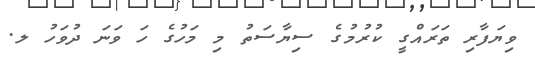
ވިޔަފާރި ތަރައްގީ ކުރުމުގެ ސިޔާސަތު މި މަހުގެ ހަ ވަނަ ދުވަހު ލ.